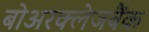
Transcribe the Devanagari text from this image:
बोअरक्लेजबैंक